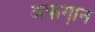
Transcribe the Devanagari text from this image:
अफगा़न